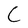
Character: C